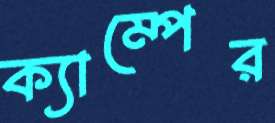
ক্যাম্পের